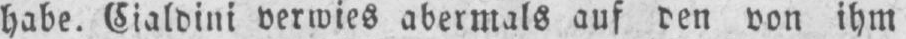
habe. Cialdini verwies abermals auf den von ihm